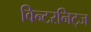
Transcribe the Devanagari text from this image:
विन्टरनिट्ज